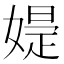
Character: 𡠕